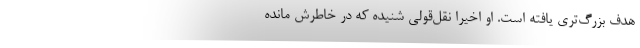
هدف بزرگ‌تری یافته است. او اخیراً نقل‌قولی شنیده که در خاطرش مانده